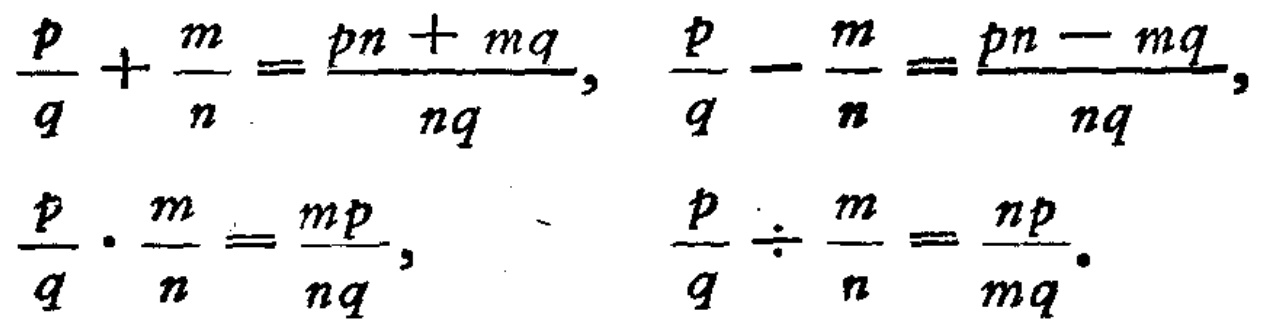
\(\frac{p}{q}+\frac{m}{n}=\frac{pn + mq}{nq},\ \frac{p}{q}-\frac{m}{n}=\frac{pn - mq}{nq},\)
\(\frac{p}{q}\cdot\frac{m}{n}=\frac{mp}{nq},\ \frac{p}{q}\div\frac{m}{n}=\frac{np}{mq}.\)